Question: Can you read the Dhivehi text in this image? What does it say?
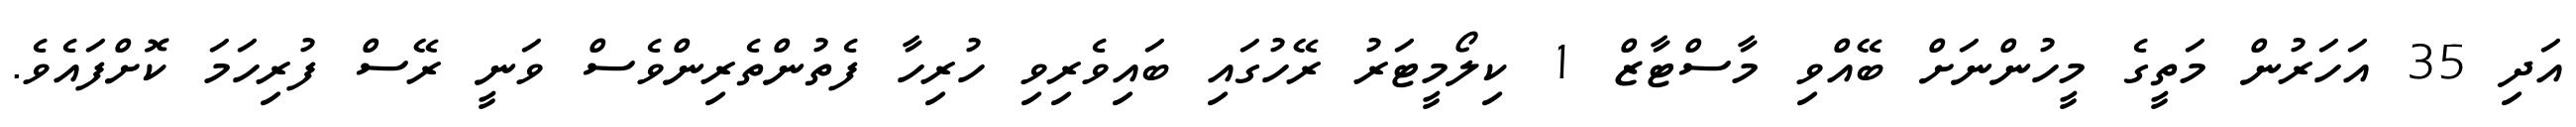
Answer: އަދި 35 އަހަރުން މަތީގެ މީހުންނަށް ބޭއްވި މާސްޓާޒް 1 ކިލޯމީޓަރު ރޭހުގައި ބައިވެރިވި ހުރިހާ ފެތުންތެރިންވެސް ވަނީ ރޭސް ފުރިހަމަ ކޮށްފައެވެ.